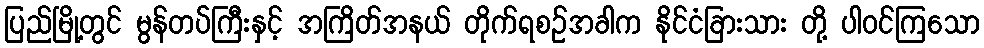
ပြည်မြို့တွင် မွန်တပ်ကြီးနှင့် အကြိတ်အနယ် တိုက်ရစဉ်အခါက နိုင်ငံခြားသား တို့ ပါဝင်ကြသော